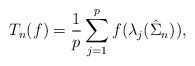
\begin{align*} T_n(f) = \frac{1}{p}\sum_{j=1}^p f(\lambda_j(\hat\Sigma_n)),\end{align*}